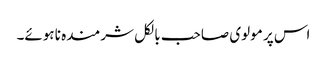
اس پر مولوی صاحب بالکل شرمندہ نا ہوئے۔